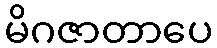
မိဂဇာတာပေ